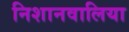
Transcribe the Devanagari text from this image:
निशानवालिया